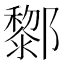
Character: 𨟀